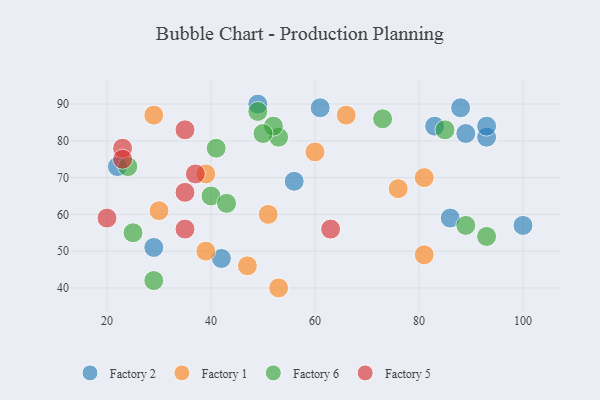
{"axis": {"x": "GDP", "y": "Life Expectancy"}, "legend": ["Factory 1", "Factory 2", "Factory 5", "Factory 6"], "data": [{"x": "86", "y": 59, "type": "Factory 2"}, {"x": "49", "y": 90, "type": "Factory 2"}, {"x": "89", "y": 82, "type": "Factory 2"}, {"x": "100", "y": 57, "type": "Factory 2"}, {"x": "61", "y": 89, "type": "Factory 2"}, {"x": "29", "y": 51, "type": "Factory 2"}, {"x": "93", "y": 81, "type": "Factory 2"}, {"x": "83", "y": 84, "type": "Factory 2"}, {"x": "22", "y": 73, "type": "Factory 2"}, {"x": "42", "y": 48, "type": "Factory 2"}, {"x": "93", "y": 84, "type": "Factory 2"}, {"x": "56", "y": 69, "type": "Factory 2"}, {"x": "88", "y": 89, "type": "Factory 2"}, {"x": "51", "y": 60, "type": "Factory 1"}, {"x": "66", "y": 87, "type": "Factory 1"}, {"x": "81", "y": 49, "type": "Factory 1"}, {"x": "39", "y": 71, "type": "Factory 1"}, {"x": "53", "y": 40, "type": "Factory 1"}, {"x": "39", "y": 50, "type": "Factory 1"}, {"x": "60", "y": 77, "type": "Factory 1"}, {"x": "81", "y": 70, "type": "Factory 1"}, {"x": "29", "y": 87, "type": "Factory 1"}, {"x": "47", "y": 46, "type": "Factory 1"}, {"x": "30", "y": 61, "type": "Factory 1"}, {"x": "76", "y": 67, "type": "Factory 1"}, {"x": "40", "y": 65, "type": "Factory 6"}, {"x": "24", "y": 73, "type": "Factory 6"}, {"x": "53", "y": 81, "type": "Factory 6"}, {"x": "89", "y": 57, "type": "Factory 6"}, {"x": "49", "y": 88, "type": "Factory 6"}, {"x": "93", "y": 54, "type": "Factory 6"}, {"x": "52", "y": 84, "type": "Factory 6"}, {"x": "85", "y": 83, "type": "Factory 6"}, {"x": "43", "y": 63, "type": "Factory 6"}, {"x": "50", "y": 82, "type": "Factory 6"}, {"x": "29", "y": 42, "type": "Factory 6"}, {"x": "73", "y": 86, "type": "Factory 6"}, {"x": "41", "y": 78, "type": "Factory 6"}, {"x": "25", "y": 55, "type": "Factory 6"}, {"x": "20", "y": 59, "type": "Factory 5"}, {"x": "35", "y": 83, "type": "Factory 5"}, {"x": "37", "y": 71, "type": "Factory 5"}, {"x": "23", "y": 78, "type": "Factory 5"}, {"x": "35", "y": 56, "type": "Factory 5"}, {"x": "63", "y": 56, "type": "Factory 5"}, {"x": "23", "y": 75, "type": "Factory 5"}, {"x": "35", "y": 66, "type": "Factory 5"}]}